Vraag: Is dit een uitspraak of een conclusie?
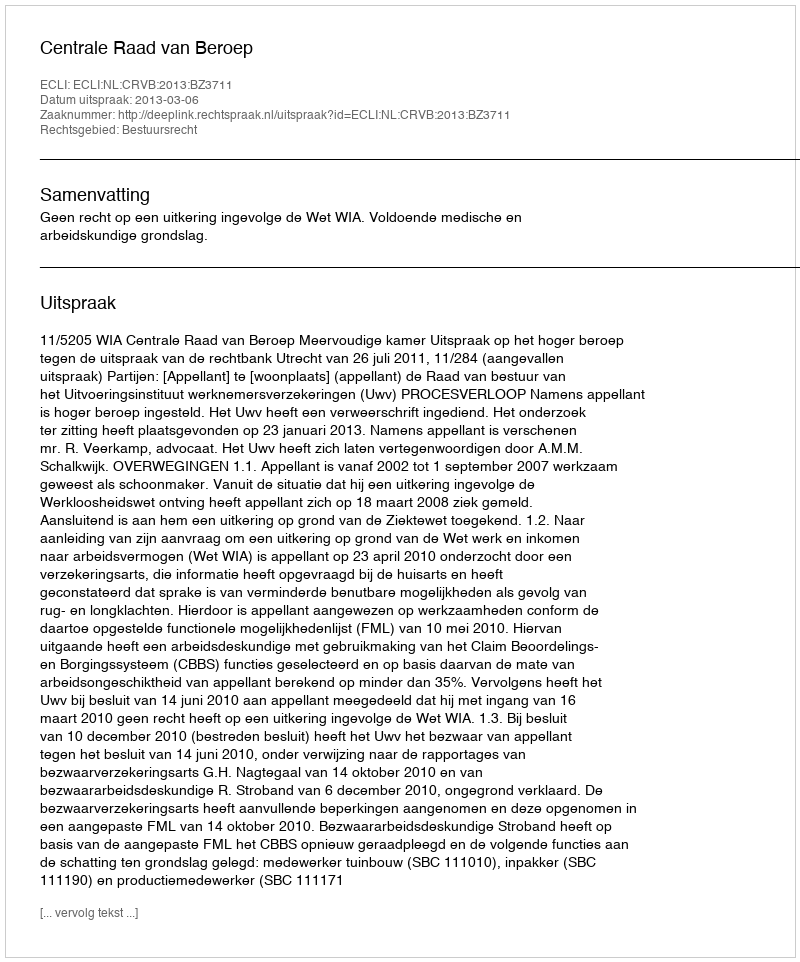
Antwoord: Uitspraak